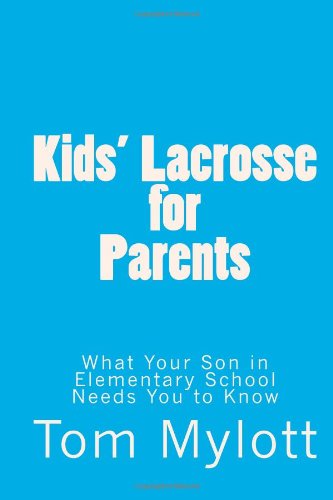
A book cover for Kids' Lacrosse for Parents:: What Your Son in Elementary School Needs You to Know; Tom Mylott; Sports & Outdoors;